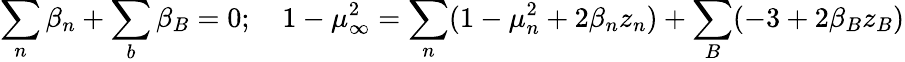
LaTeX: \sum_{n}\beta_{n}+\sum_{b}\beta_{B}=0;~~~~1-\mu_{\infty}^{2}=\sum_{n}(1-\mu_{n}^{2}+2\beta_{n}z_{n})+\sum_{B}(-3+2\beta_{B}z_{B})